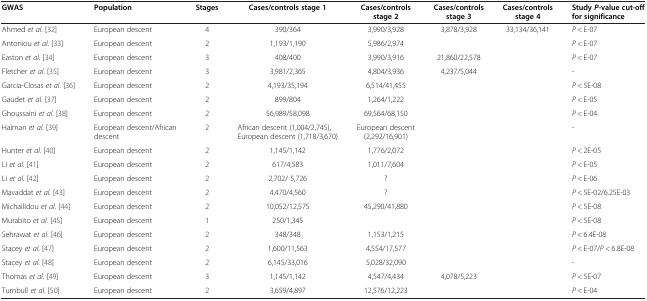
<table><thead><tr><td><b>GWAS</b></td><td><b>Population</b></td><td><b>Stages</b></td><td><b>Cases/controls stage 1</b></td><td><b>Cases/controls stage 2</b></td><td><b>Cases/controls stage 3</b></td><td><b>Cases/controls stage 4</b></td><td><b>Study <i>P</i>-value cut-off for significance</b></td></tr></thead><tbody><tr><td>Ahmed <i>et al</i>. [32]</td><td>European descent</td><td>4</td><td>390/364</td><td>3,990/3,928</td><td>3,878/3,928</td><td>33,134/36,141</td><td><i>P</i> &lt; E-07</td></tr><tr><td>Antoniou <i>et al</i>. [33]</td><td>European descent</td><td>2</td><td>1,193/1,190</td><td>5,986/2,974</td><td> </td><td> </td><td><i>P</i> &lt; E-07</td></tr><tr><td>Easton <i>et al</i>. [34]</td><td>European descent</td><td>3</td><td>408/400</td><td>3,990/3,916</td><td>21,860/22,578</td><td> </td><td><i>P</i> &lt; E-07</td></tr><tr><td>Fletcher <i>et al</i>. [35]</td><td>European descent</td><td>3</td><td>3,981/2,365</td><td>4,804/3,936</td><td>4,237/5,044</td><td> </td><td>-</td></tr><tr><td>Garcia-Closas <i>et al</i>. [36]</td><td>European descent</td><td>2</td><td>4,193/35,194</td><td>6,514/41,455</td><td> </td><td> </td><td><i>P</i> &lt; 5E-08</td></tr><tr><td>Gaudet <i>et al</i>. [37]</td><td>European descent</td><td>2</td><td>899/804</td><td>1,264/1,222</td><td> </td><td> </td><td><i>P</i> &lt; E-05</td></tr><tr><td>Ghoussaini <i>et al</i>. [38]</td><td>European descent</td><td>2</td><td>56,989/58,098</td><td>69,564/68,150</td><td> </td><td> </td><td><i>P</i> &lt; E-04</td></tr><tr><td>Haiman <i>et al</i>. [39]</td><td>European descent/African descent</td><td>2</td><td>African descent (1,004/2,745), European descent (1,718/3,670)</td><td>European descent (2,292/16,901)</td><td> </td><td> </td><td>-</td></tr><tr><td>Hunter <i>et al</i>. [40]</td><td>European descent</td><td>2</td><td>1,145/1,142</td><td>1,776/2,072</td><td> </td><td> </td><td><i>P</i> &lt; 2E-05</td></tr><tr><td>Li <i>et al</i>. [41]</td><td>European descent</td><td>2</td><td>617/4,583</td><td>1,011/7,604</td><td> </td><td> </td><td><i>P</i> &lt; E-05</td></tr><tr><td>Li <i>et al</i>. [42]</td><td>European descent</td><td>2</td><td>2,702/ 5,726</td><td>?</td><td> </td><td> </td><td><i>P</i> &lt; E-06</td></tr><tr><td>Mavaddat <i>et al</i>. [43]</td><td>European descent</td><td>2</td><td>4,470/4,560</td><td>?</td><td> </td><td> </td><td><i>P</i> &lt; 5E-02/6.25E-03</td></tr><tr><td>Michailidou <i>et al</i>. [44]</td><td>European descent</td><td>2</td><td>10,052/12,575</td><td>45,290/41,880</td><td> </td><td> </td><td><i>P</i> &lt; 5E-08</td></tr><tr><td>Murabito <i>et al</i>. [45]</td><td>European descent</td><td>1</td><td>250/1,345</td><td> </td><td> </td><td> </td><td><i>P</i> &lt; 5E-08</td></tr><tr><td>Sehrawat <i>et al</i>. [46]</td><td>European descent</td><td>2</td><td>348/348</td><td>1,153/1,215</td><td> </td><td> </td><td><i>P</i> &lt; 6.4E-08</td></tr><tr><td>Stacey <i>et al</i>. [47]</td><td>European descent</td><td>2</td><td>1,600/11,563</td><td>4,554/17,577</td><td> </td><td> </td><td><i>P</i> &lt; E-07/<i>P</i> &lt; 6.8E-08</td></tr><tr><td>Stacey <i>et al</i>. [48]</td><td>European descent</td><td>2</td><td>6,145/33,016</td><td>5,028/32,090</td><td> </td><td> </td><td>-</td></tr><tr><td>Thomas <i>et al</i>. [49]</td><td>European descent</td><td>3</td><td>1,145/1,142</td><td>4,547/4,434</td><td>4,078/5,223</td><td> </td><td><i>P</i> &lt; 5E-07</td></tr><tr><td>Turnbull <i>et al</i>. [50]</td><td>European descent</td><td>2</td><td>3,659/4,897</td><td>12,576/12,223</td><td> </td><td> </td><td><i>P</i> &lt; E-04</td></tr></tbody></table>